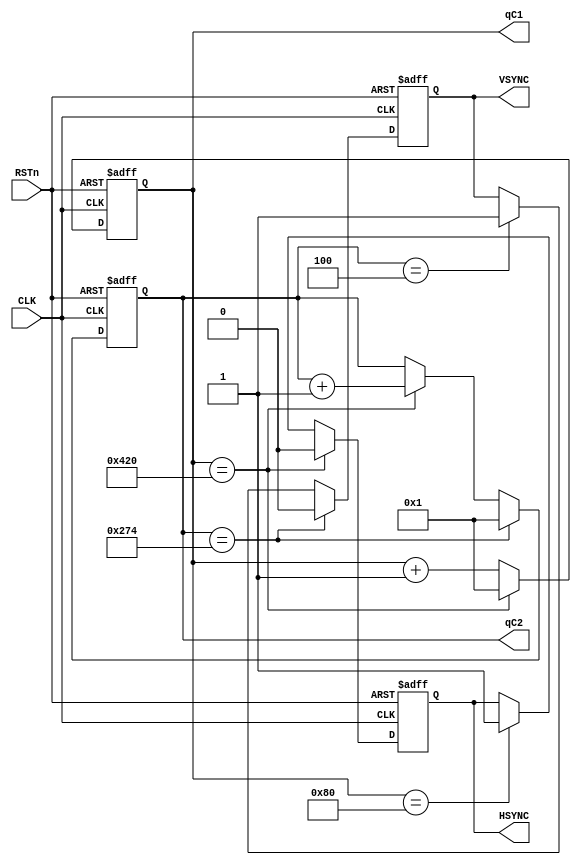
module sync_module
  (
		input CLK,
		input RSTn,
		output [11:0]qC1,
		output [11:0]qC2,
		output HSYNC,
		output VSYNC
  );

 reg [11:0]C1;
 reg [11:0]C2;
 reg rH,rV;
 
 always @ ( posedge CLK or negedge RSTn )
 if( !RSTn ) begin
	C1 <= 'd0;
	C2 <= 'd0;
	rH <= 1'b1;
	rV <= 1'b1;
 end

 else begin
	if( C1 == 1056 ) rH <= 1'b0;
	else if( C1 == 128 ) rH <= 1'b1;

	if( C2 == 628 ) rV <= 1'b0;
	else if( C2 == 4 ) rV <= 1'b1;

	if( C2 == 628 ) C2 <= 10'd1;
	else if( C1 == 1056 ) C2 <= C2 + 1'b1;

	if( C1 == 1056 ) C1 <= 11'd1;
	else C1 <= C1 + 1'b1;
 end

 /********************************/

 assign qC1 = C1;
 assign qC2 = C2;

 assign HSYNC = rH;
 assign VSYNC = rV;

 /********************************/


endmodule